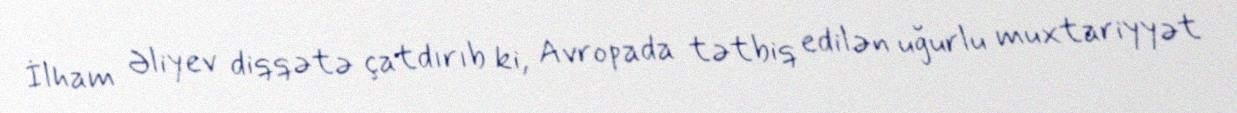
İlham Əliyev diqqətə çatdırıb ki, Avropada tətbiq edilən uğurlu muxtariyyət